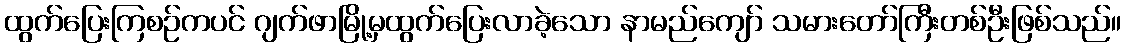
ထွက်ပြေးကြစဉ်ကပင် ဂျက်ဖာမြို့မှထွက်ပြေးလာခဲ့သော နာမည်ကျော် သမားတော်ကြီးတစ်ဦးဖြစ်သည်။